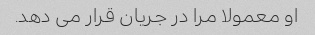
او معمولا مرا در جریان قرار می دهد.